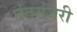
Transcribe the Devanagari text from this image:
छंतमंजरी